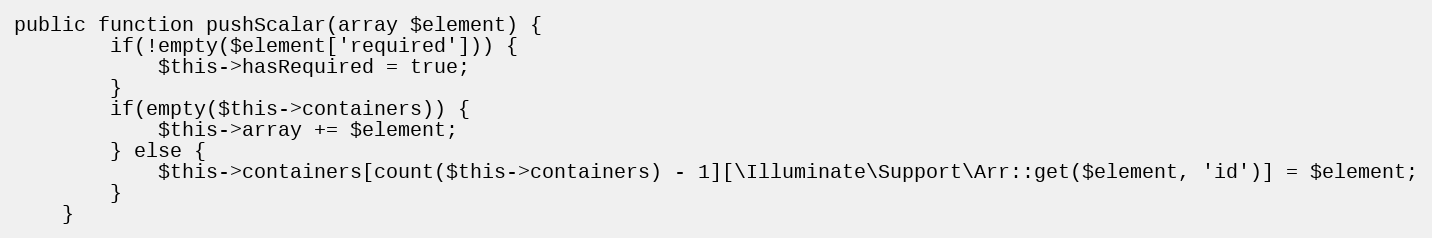
Language: PHP
public function pushScalar(array $element) {
        if(!empty($element['required'])) {
            $this->hasRequired = true;
        }
        if(empty($this->containers)) {
            $this->array += $element;
        } else {
            $this->containers[count($this->containers) - 1][\Illuminate\Support\Arr::get($element, 'id')] = $element;
        }
    }